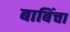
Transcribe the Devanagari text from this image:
बाबिंचा